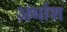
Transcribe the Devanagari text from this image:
अर्थांश